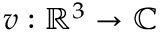
v : \mathbb { R } ^ { 3 } \rightarrow \mathbb { C }